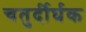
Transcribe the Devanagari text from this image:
चतुर्दीर्घक